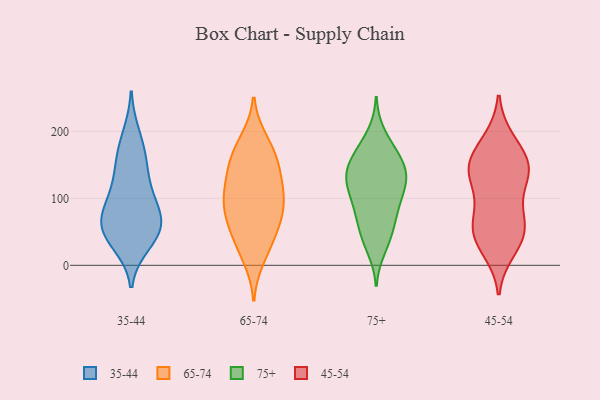
{"axis": {"x": "Temperature (°C)", "y": "Value"}, "legend": ["35-44", "45-54", "65-74", "75+"], "data": [{"x": "", "y": 51, "type": "35-44"}, {"x": "", "y": 48, "type": "35-44"}, {"x": "", "y": 71, "type": "35-44"}, {"x": "", "y": 112, "type": "35-44"}, {"x": "", "y": 48, "type": "35-44"}, {"x": "", "y": 84, "type": "35-44"}, {"x": "", "y": 157, "type": "35-44"}, {"x": "", "y": 86, "type": "35-44"}, {"x": "", "y": 60, "type": "35-44"}, {"x": "", "y": 165, "type": "35-44"}, {"x": "", "y": 33, "type": "35-44"}, {"x": "", "y": 194, "type": "35-44"}, {"x": "", "y": 127, "type": "35-44"}, {"x": "", "y": 26, "type": "65-74"}, {"x": "", "y": 11, "type": "65-74"}, {"x": "", "y": 53, "type": "65-74"}, {"x": "", "y": 156, "type": "65-74"}, {"x": "", "y": 70, "type": "65-74"}, {"x": "", "y": 132, "type": "65-74"}, {"x": "", "y": 154, "type": "65-74"}, {"x": "", "y": 153, "type": "65-74"}, {"x": "", "y": 44, "type": "65-74"}, {"x": "", "y": 75, "type": "65-74"}, {"x": "", "y": 187, "type": "65-74"}, {"x": "", "y": 113, "type": "65-74"}, {"x": "", "y": 109, "type": "65-74"}, {"x": "", "y": 106, "type": "65-74"}, {"x": "", "y": 84, "type": "65-74"}, {"x": "", "y": 93, "type": "65-74"}, {"x": "", "y": 180, "type": "65-74"}, {"x": "", "y": 171, "type": "75+"}, {"x": "", "y": 124, "type": "75+"}, {"x": "", "y": 77, "type": "75+"}, {"x": "", "y": 196, "type": "75+"}, {"x": "", "y": 83, "type": "75+"}, {"x": "", "y": 43, "type": "75+"}, {"x": "", "y": 85, "type": "75+"}, {"x": "", "y": 164, "type": "75+"}, {"x": "", "y": 103, "type": "75+"}, {"x": "", "y": 41, "type": "75+"}, {"x": "", "y": 137, "type": "75+"}, {"x": "", "y": 109, "type": "75+"}, {"x": "", "y": 167, "type": "75+"}, {"x": "", "y": 128, "type": "75+"}, {"x": "", "y": 157, "type": "75+"}, {"x": "", "y": 137, "type": "75+"}, {"x": "", "y": 61, "type": "75+"}, {"x": "", "y": 131, "type": "75+"}, {"x": "", "y": 131, "type": "75+"}, {"x": "", "y": 25, "type": "75+"}, {"x": "", "y": 140, "type": "45-54"}, {"x": "", "y": 60, "type": "45-54"}, {"x": "", "y": 156, "type": "45-54"}, {"x": "", "y": 21, "type": "45-54"}, {"x": "", "y": 33, "type": "45-54"}, {"x": "", "y": 139, "type": "45-54"}, {"x": "", "y": 51, "type": "45-54"}, {"x": "", "y": 139, "type": "45-54"}, {"x": "", "y": 189, "type": "45-54"}, {"x": "", "y": 108, "type": "45-54"}, {"x": "", "y": 150, "type": "45-54"}, {"x": "", "y": 65, "type": "45-54"}, {"x": "", "y": 159, "type": "45-54"}, {"x": "", "y": 187, "type": "45-54"}, {"x": "", "y": 143, "type": "45-54"}, {"x": "", "y": 30, "type": "45-54"}, {"x": "", "y": 108, "type": "45-54"}, {"x": "", "y": 66, "type": "45-54"}, {"x": "", "y": 62, "type": "45-54"}]}